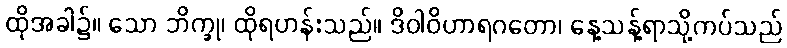
ထိုအခါ၌။ သော ဘိက္ခု၊ ထိုရဟန်းသည်။ ဒိဝါဝိဟာရဂတော၊ နေ့သန့်ရာသို့ကပ်သည်